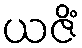
ယဇိံ